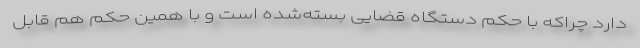
دارد چراکه با حکم دستگاه قضایی بسته‌شده است و با همین حکم هم قابل‌